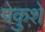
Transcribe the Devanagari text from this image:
पेकुशे